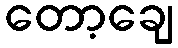
တော့ချေ